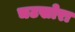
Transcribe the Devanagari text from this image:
चटखोरा